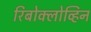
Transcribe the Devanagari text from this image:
रिबोक्लोव्हिन